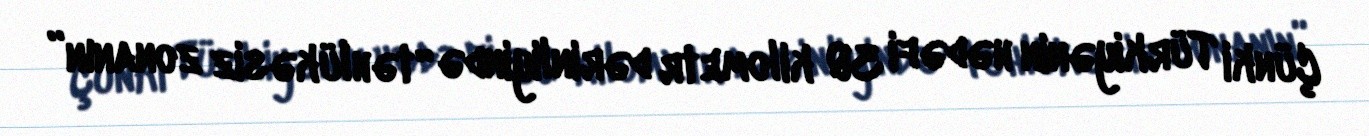
Çünki Türkiyənin hədəfi 30 kilometr dərinliyində “təhlükəsiz zonanın”